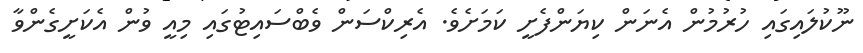
ނޫކުލައިގައި ހުރުމުން އެނަން ކިޔަންފެށީ ކަމަށެވެ. އެރިކްސަން ވެބްސައިޓުގައި މިއީ ވުން އެކަށީގެންވާ